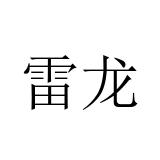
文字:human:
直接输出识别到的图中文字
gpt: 雷龙